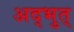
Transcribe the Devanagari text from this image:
अद्भुत्‌